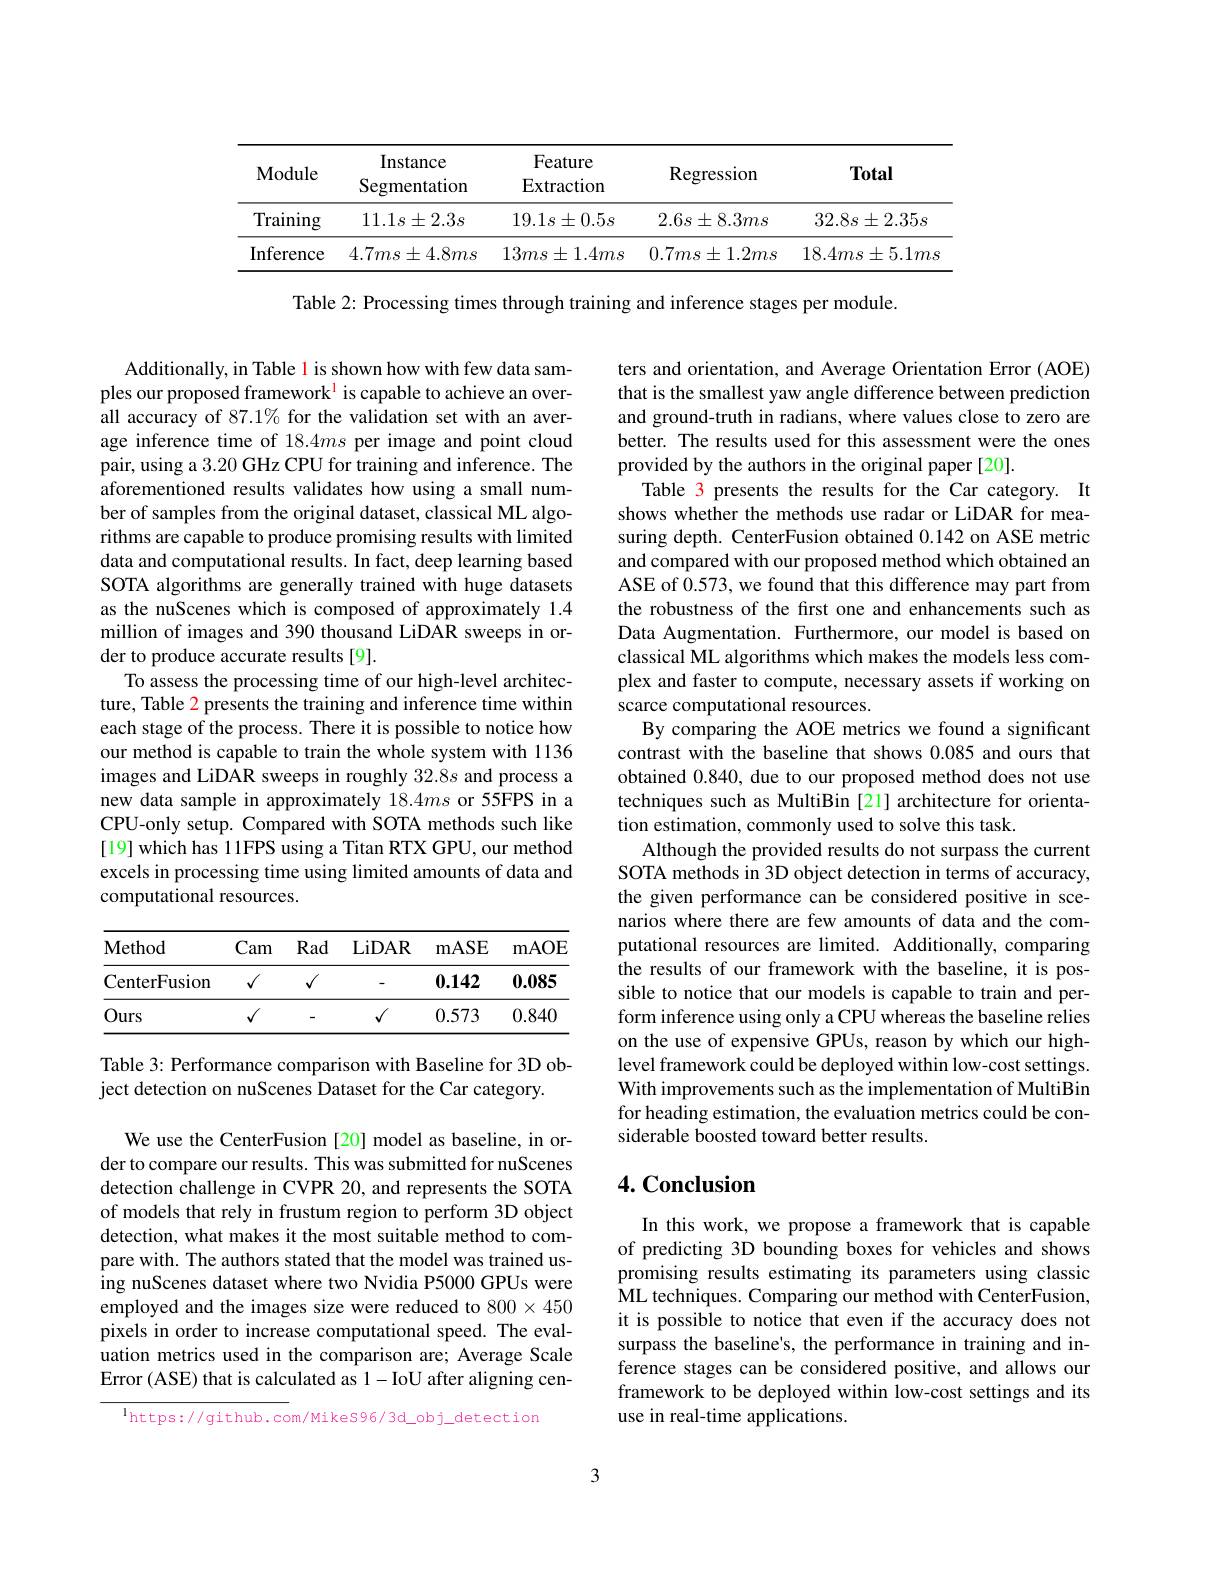
<table>
	<tbody>
		<tr>
			<th>Module</th>
			<th>Instance Segmentation</th>
			<th>Feature Extraction</th>
			<th>Regression</th>
			<th>Total</th>
		</tr>
		<tr>
			<td>Training</td>
			<td>$11.1s\pm2.3s$</td>
			<td>$19.1s\pm0.5s$</td>
			<td>$2.6s\pm8.3ms$</td>
			<td>$32.8s\pm2.35s$</td>
		</tr>
		<tr>
			<td>Inference</td>
			<td>$4.7ms\pm4.8ms$</td>
			<td>$13ms\pm1.4ms$</td>
			<td>$0.7ms\pm1.2ms$</td>
			<td>$18.4ms\pm5.1ms$</td>
		</tr>
	</tbody>
</table>

Table 2: Processing times through training and inference stages per module.

Additionally, in Table 1 is shown how with few data samples our proposed framework$^{1}$ is capable to achieve an overall accuracy of 87.1% for the validation set with an average inference time of 18.4ms per image and point cloud pair, using a 3.20 GHz CPU for training and inference. The aforementioned results validates how using a small number of samples from the original dataset, classical ML algorithms are capable to produce promising results with limited data and computational results. In fact, deep learning based SOTA algorithms are generally trained with huge datasets as the nuScenes which is composed of approximately 1.4 million of images and 390 thousand LiDAR sweeps in order to produce accurate results [9].
To assess the processing time of our high-level architecture, Table 2 presents the training and inference time within each stage of the process. There it is possible to notice how our method is capable to train the whole system with 1136 images and LiDAR sweeps in roughly $32.8s$ and process a new data sample in approximately 18.4ms or 55FPS in a CPU-only setup. Compared with SOTA methods such like [19] which has 11FPS using a Titan RTX GPU, our method excels in processing time using limited amounts of data and computational resources.

ters and orientation, and Average Orientation Error (AOE) that is the smallest yaw angle difference between prediction and ground-truth in radians, where values close to zero are better. The results used for this assessment were the ones provided by the authors in the original paper [20].
Table 3 presents the results for the Car category. It shows whether the methods use radar or LiDAR for measuring depth. CenterFusion obtained 0.142 on ASE metric and compared with our proposed method which obtained an ASE of 0.573, we found that this difference may part from the robustness of the first one and enhancements such as Data Augmentation. Furthermore, our model is based on classical ML algorithms which makes the models less complex and faster to compute, necessary assets if working on scarce computational resources.
By comparing the AOE metrics we found a significant contrast with the baseline that shows 0.085 and ours that obtained 0.840, due to our proposed method does not use techniques such as MultiBin [21] architecture for orientation estimation, commonly used to solve this task.
Although the provided results do not surpass the current SOTA methods in 3D object detection in terms of accuracy, the given performance can be considered positive in scenarios where there are few amounts of data and the computational resources are limited. Additionally, comparing the results of our framework with the baseline, it is possible to notice that our models is capable to train and perform inference using only a CPU whereas the baseline relies on the use of expensive GPUs, reason by which our highlevel framework could be deployed within low-cost settings. With improvements such as the implementation of MultiBin for heading estimation, the evaluation metrics could be considerable boosted toward better results.

<table>
	<tbody>
		<tr>
			<th>$\mathbf{Method}$</th>
			<th>Cam</th>
			<th>Rad</th>
			<th>LiDAR</th>
			<th>mASE</th>
			<th>mAOB</th>
		</tr>
		<tr>
			<td>CenterFusion</td>
			<td>$√$</td>
			<td>$√$</td>
			<td> </td>
			<td>0.142</td>
			<td>0.085</td>
		</tr>
		<tr>
			<td>Ours</td>
			<td>$√$</td>
			<td>-</td>
			<td>$√$</td>
			<td>0.573</td>
			<td>0.840</td>
		</tr>
	</tbody>
</table>

Table 3: Performance comparison with Baseline for 3D ob-
ject detection on nuScenes Dataset for the Car category.

## $4. \textbf{Conclusion}$

We use the CenterFusion [20] model as baseline, in order to compare our results. This was submitted for nuScenes detection challenge in CVPR 20, and represents the SOTA of models that rely in frustum region to perform 3D object detection, what makes it the most suitable method to compare with. The authors stated that the model was trained using nuScenes dataset where two Nvidia P5000 GPUs were employed and the images size were reduced to 800×450 pixels in order to increase computational speed. The evaluation metrics used in the comparison are; Average Scale Error (ASE) that is calculated as 1-IoU after aligning cen-

In this work, we propose a framework that is capable of predicting 3D bounding boxes for vehicles and shows promising results estimating its parameters using classic ML techniques. Comparing our method with CenterFusion, it is possible to notice that even if the accuracy does not surpass the baseline's, the performance in training and inference stages can be considered positive, and allows our framework to be deployed within low-cost settings and its use in real-time applications.

$^{\mathrm{l}}$https://github.com/Mikes96/3d\_obj\_detection

3